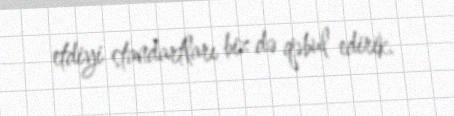
etdiyi standartları biz də qəbul edirik.